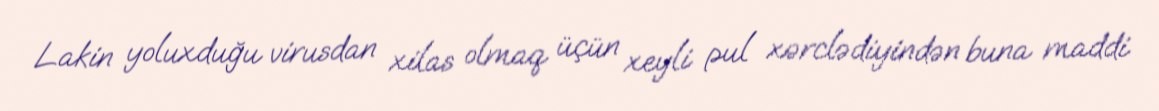
Lakin yoluxduğu virusdan xilas olmaq üçün xeyli pul xərclədiyindən buna maddi